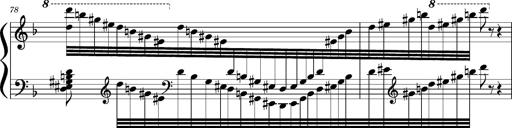
Title: Concerto sans orchestre, S.524a
Composer: Franz Liszt
Key: A major